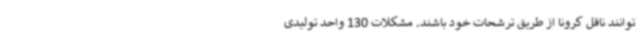
توانند ناقل کرونا از طریق ترشحات خود باشند. مشکلات 130 واحد تولیدی